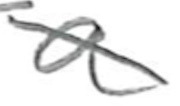
Text: a
Cross-out: diagonal
Writing tool: pencil